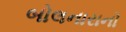
બોલનારાનો